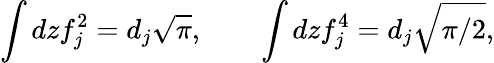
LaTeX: \int dzf_{j}^{2}=d_{j}\sqrt{\pi},\qquad\int dzf_{j}^{4}=d_{j}\sqrt{\pi/2},